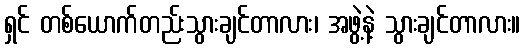
ရှင် တစ်ယောက်တည်းသွားချင်တာလား၊ အဖွဲ့နဲ့ သွားချင်တာလား။